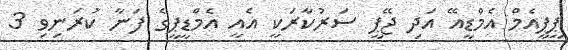
ޕީޕީއެމް އެމްޑީއޭ އަދި ޖޭޕީ ސަރުކާރަކީ އެެއީ އެމްޑީޕީގެ ފަނާ ކުރަނިވި 3